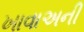
ખાવાઅની